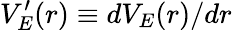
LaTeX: V_{E}^{\prime}(r)\equiv dV_{E}(r)/dr